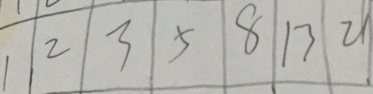
1 \vert 2 \vert 3 \vert 5 \vert 8 \vert 1 3 \vert 2 1